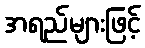
အရည်များဖြင့်